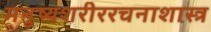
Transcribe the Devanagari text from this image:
मनुष्यशरीररचनाशास्त्र